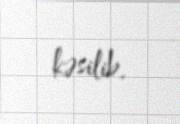
kəsilib.